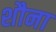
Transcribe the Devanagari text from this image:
शौना